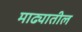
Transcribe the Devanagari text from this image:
माढ्यातील